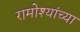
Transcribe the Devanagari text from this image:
रामोश्यांच्या